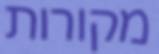
מקורות